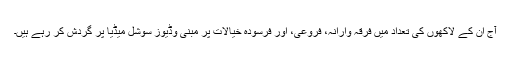
آج ان کے لاکھوں کی تعداد میں فرقہ وارانہ، فروعی، اور فرسودہ خیالات پر مبنی وڈیوز سوشل میڈیا پر گردش کر رہے ہیں۔